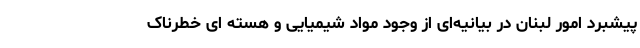
پیشبرد امور لبنان در بیانیه‌ای از وجود مواد شیمیایی و هسته ای خطرناک